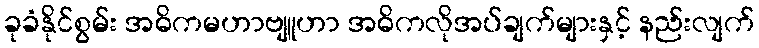
ခုခံနိုင်စွမ်း အဓိကမဟာဗျူဟာ အဓိကလိုအပ်ချက်များနှင့် နည်းလျက်